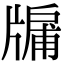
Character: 牖